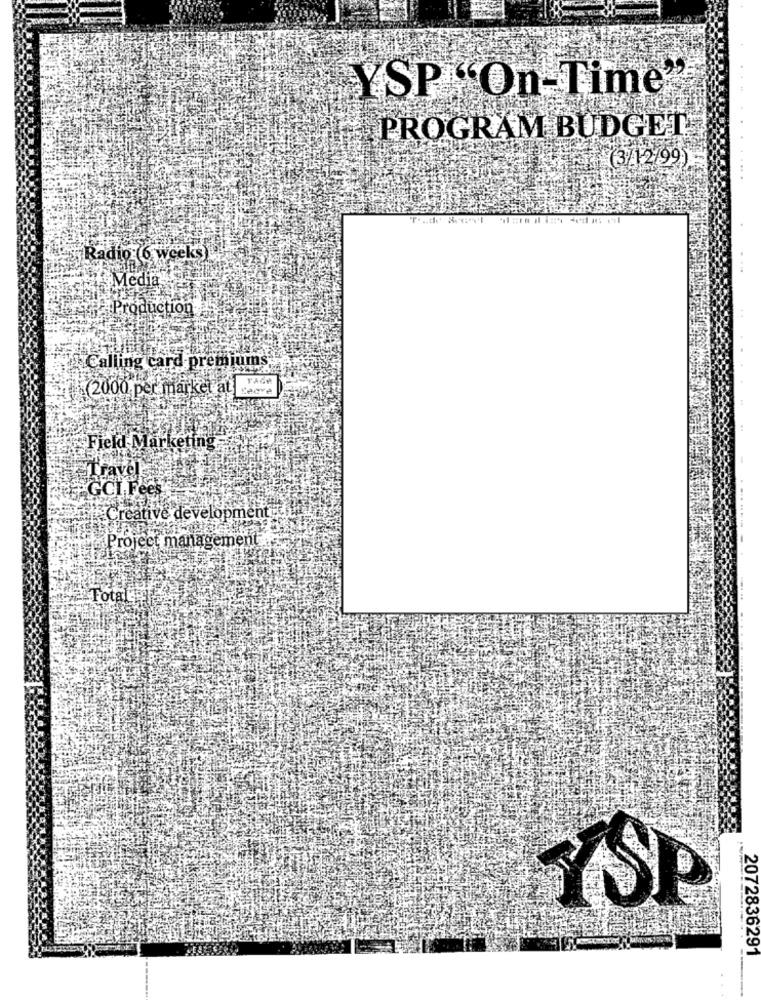
YSP "On-Time"
PROGRAM BUDGET
(3/12/99)
....
Radio (6 weeks)
:Media
Production
Calling card premiums
TAGH
2000 per market at
Leave
Field Marketing
Travel
GCI, Fees
Creative development
Project management
Total
YSP
2072836291